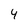
Character: 4